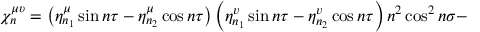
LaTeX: { \ \chi _ { n } ^ { \mu \upsilon } = \left( \eta _ { n _ { 1 } } ^ { \mu } \sin n \tau - \eta _ { n _ { 2 } } ^ { \mu } \cos n \tau \right) \left( \eta _ { n _ { 1 } } ^ { v } \sin n \tau - \eta _ { n _ { 2 } } ^ { v } \cos n \tau \right) n ^ { 2 } \cos ^ { 2 } n \sigma - }